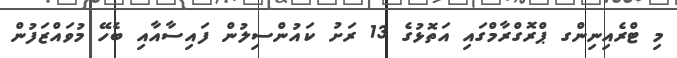
މި ޓްރެއިނިންގ ޕްރޮގްރާމްގައި އަތޮޅުގެ 13 ރަށު ކައުންސިލުން ފައިސާއާއި ބެހޭ މުވައްޒަފުން